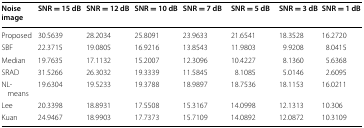
| Noise image | SNR = 15 dB | SNR = 12 dB | SNR = 10 dB | SNR = 7 dB | SNR = 5 dB | SNR = 3 dB | SNR = 1 dB |
 | --- | --- | --- | --- | --- | --- | --- | --- |
 | Proposed | 30.5639 | 28.2034 | 25.8091 | 23.9633 | 21.6541 | 18.3528 | 16.2720 |
 | SBF | 22.3715 | 19.0805 | 16.9216 | 13.8543 | 11.9803 | 9.9208 | 8.0415 |
 | Median | 19.7635 | 17.1132 | 15.2007 | 12.3096 | 10.4227 | 8.1360 | 5.6368 |
 | SRAD | 31.5266 | 26.3032 | 19.3339 | 11.5845 | 8.1085 | 5.0146 | 2.6095 |
 | NL-means | 19.6304 | 19.5233 | 19.3788 | 18.9897 | 18.7536 | 18.1153 | 16.0211 |
 | Lee | 20.3398 | 18.8931 | 17.5508 | 15.3167 | 14.0998 | 12.1313 | 10.306 |
 | Kuan | 24.9467 | 18.9903 | 17.7373 | 15.7109 | 14.0892 | 12.0872 | 10.3109 |